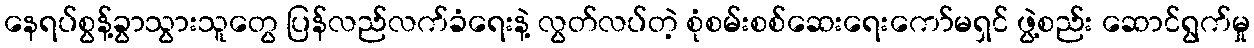
နေရပ်စွန့်ခွာသွားသူတွေ ပြန်လည်လက်ခံရေးနဲ့ လွတ်လပ်တဲ့ စုံစမ်းစစ်ဆေးရေးကော်မရှင် ဖွဲ့စည်း ဆောင်ရွက်မှု